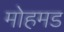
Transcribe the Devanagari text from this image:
मोहमड